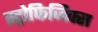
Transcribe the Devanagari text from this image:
स्ट्रोफिजिक्स